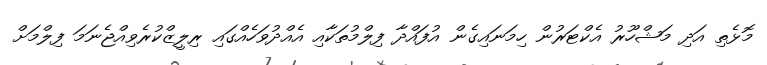
މޮޅެތި އަދި މަޝްހޫރު އެކްޓަރުން ހިމަނައިގެން އުފައްދާ ފިލްމުތަކާއި އެއްދުވަހެއްގައި ރިލީޒްކުރެވިއްޖެނަމަ ފިލްމަށް